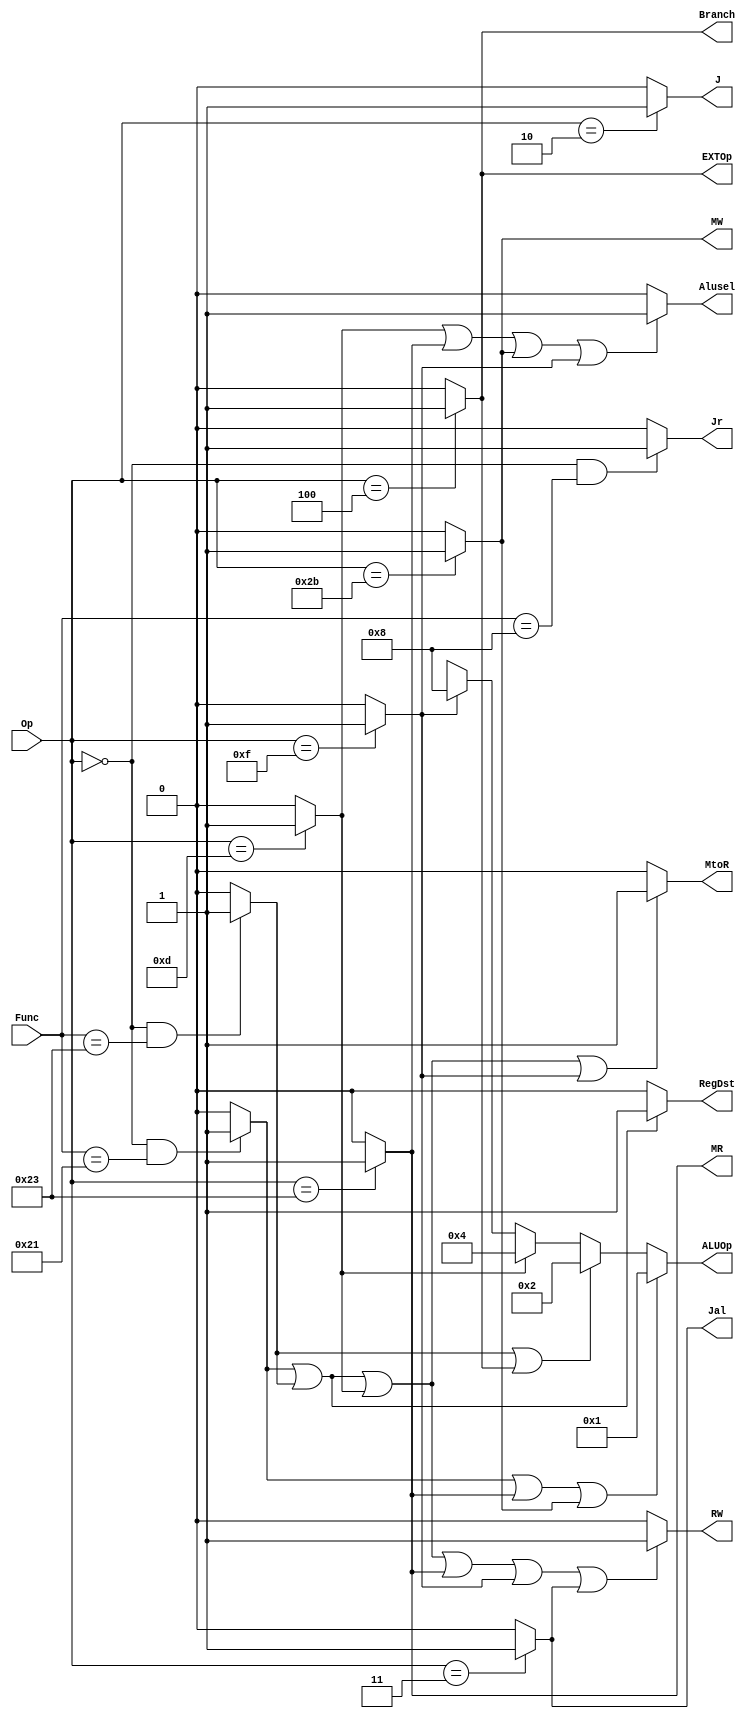
`timescale 1ns / 1ps
//////////////////////////////////////////////////////////////////////////////////
// Company: 
// Engineer: 
// 
// Design Name: 
// Module Name:    ctrl 
// Project Name: 
// Target Devices: 
// Tool versions: 
// Description: 
//
// Dependencies: 
//
// Revision: 
// Revision 0.01 - File Created
// Additional Comments: 
//
//////////////////////////////////////////////////////////////////////////////////
module ctrl(
	 input [5:0] Func, Op,
	 output RegDst, 
	 output Branch, 
	 output MtoR, 
	 output MW, MR, 
	 output [3:0] ALUOp,
	 output Alusel, 
	 output EXTOp, 
	 output RW, 
	 output J, Jal, Jr
    );
	
	//
	wire addu, 
		  subu,
		  ori,
		  lw,
		  sw,
		  beq,
		  lui,
		  j,
		  jal,
		  jr;
	
	assign addu = (Op == 6'b000000 && Func == 6'b100001) ? 'b1 : 'b0,
			 subu = (Op == 6'b000000 && Func == 6'b100011) ? 'b1 : 'b0,
			 ori  = (Op == 6'b001101) ? 'b1 : 'b0,
			 lw   = (Op == 6'b100011) ? 'b1 : 'b0,
			 sw   = (Op == 6'b101011) ? 'b1 : 'b0,
			 beq  = (Op == 6'b000100) ? 'b1 : 'b0,
			 lui  = (Op == 6'b001111) ? 'b1 : 'b0,
			 j    = (Op == 6'b000010) ? 'b1 : 'b0,
			 jal  = (Op == 6'b000011) ? 'b1 : 'b0,
			 jr   = (Op == 6'b000000 && Func == 6'b001000 ) ? 'b1 : 'b0;
	//
	assign RegDst = (addu || subu) ? 'b1 : 'b0,
			 Branch = beq,
			 MtoR   = (addu || subu || ori || lui) ? 'b1 : 'b0,
			 MW     = sw,
			 MR     = lw,
			 ALUOp  = (addu || lw || sw) ? 4'b0001 : 
			{ 
				(subu || beq) ? 4'b0010 : 
				{ 
					ori ? 4'b0100 : 
					{
						lui ? 4'b1000 : 4'bx
					}
				}	
			},
			 Alusel = (ori || lw || sw || lui) ? 'b1 : 'b0,
			 EXTOp  = beq,
			 RW     = (addu || subu || ori || lw || lui || jal) ? 'b1 : 'b0,
			 J      = j,
			 Jal    = jal,
			 Jr     = jr;
	
endmodule